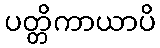
ပတ္တိကာယာပိ